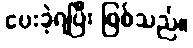
ပေးခဲ့ရပြီး ဖြစ်သည်။